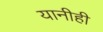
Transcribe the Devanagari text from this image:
यानीही